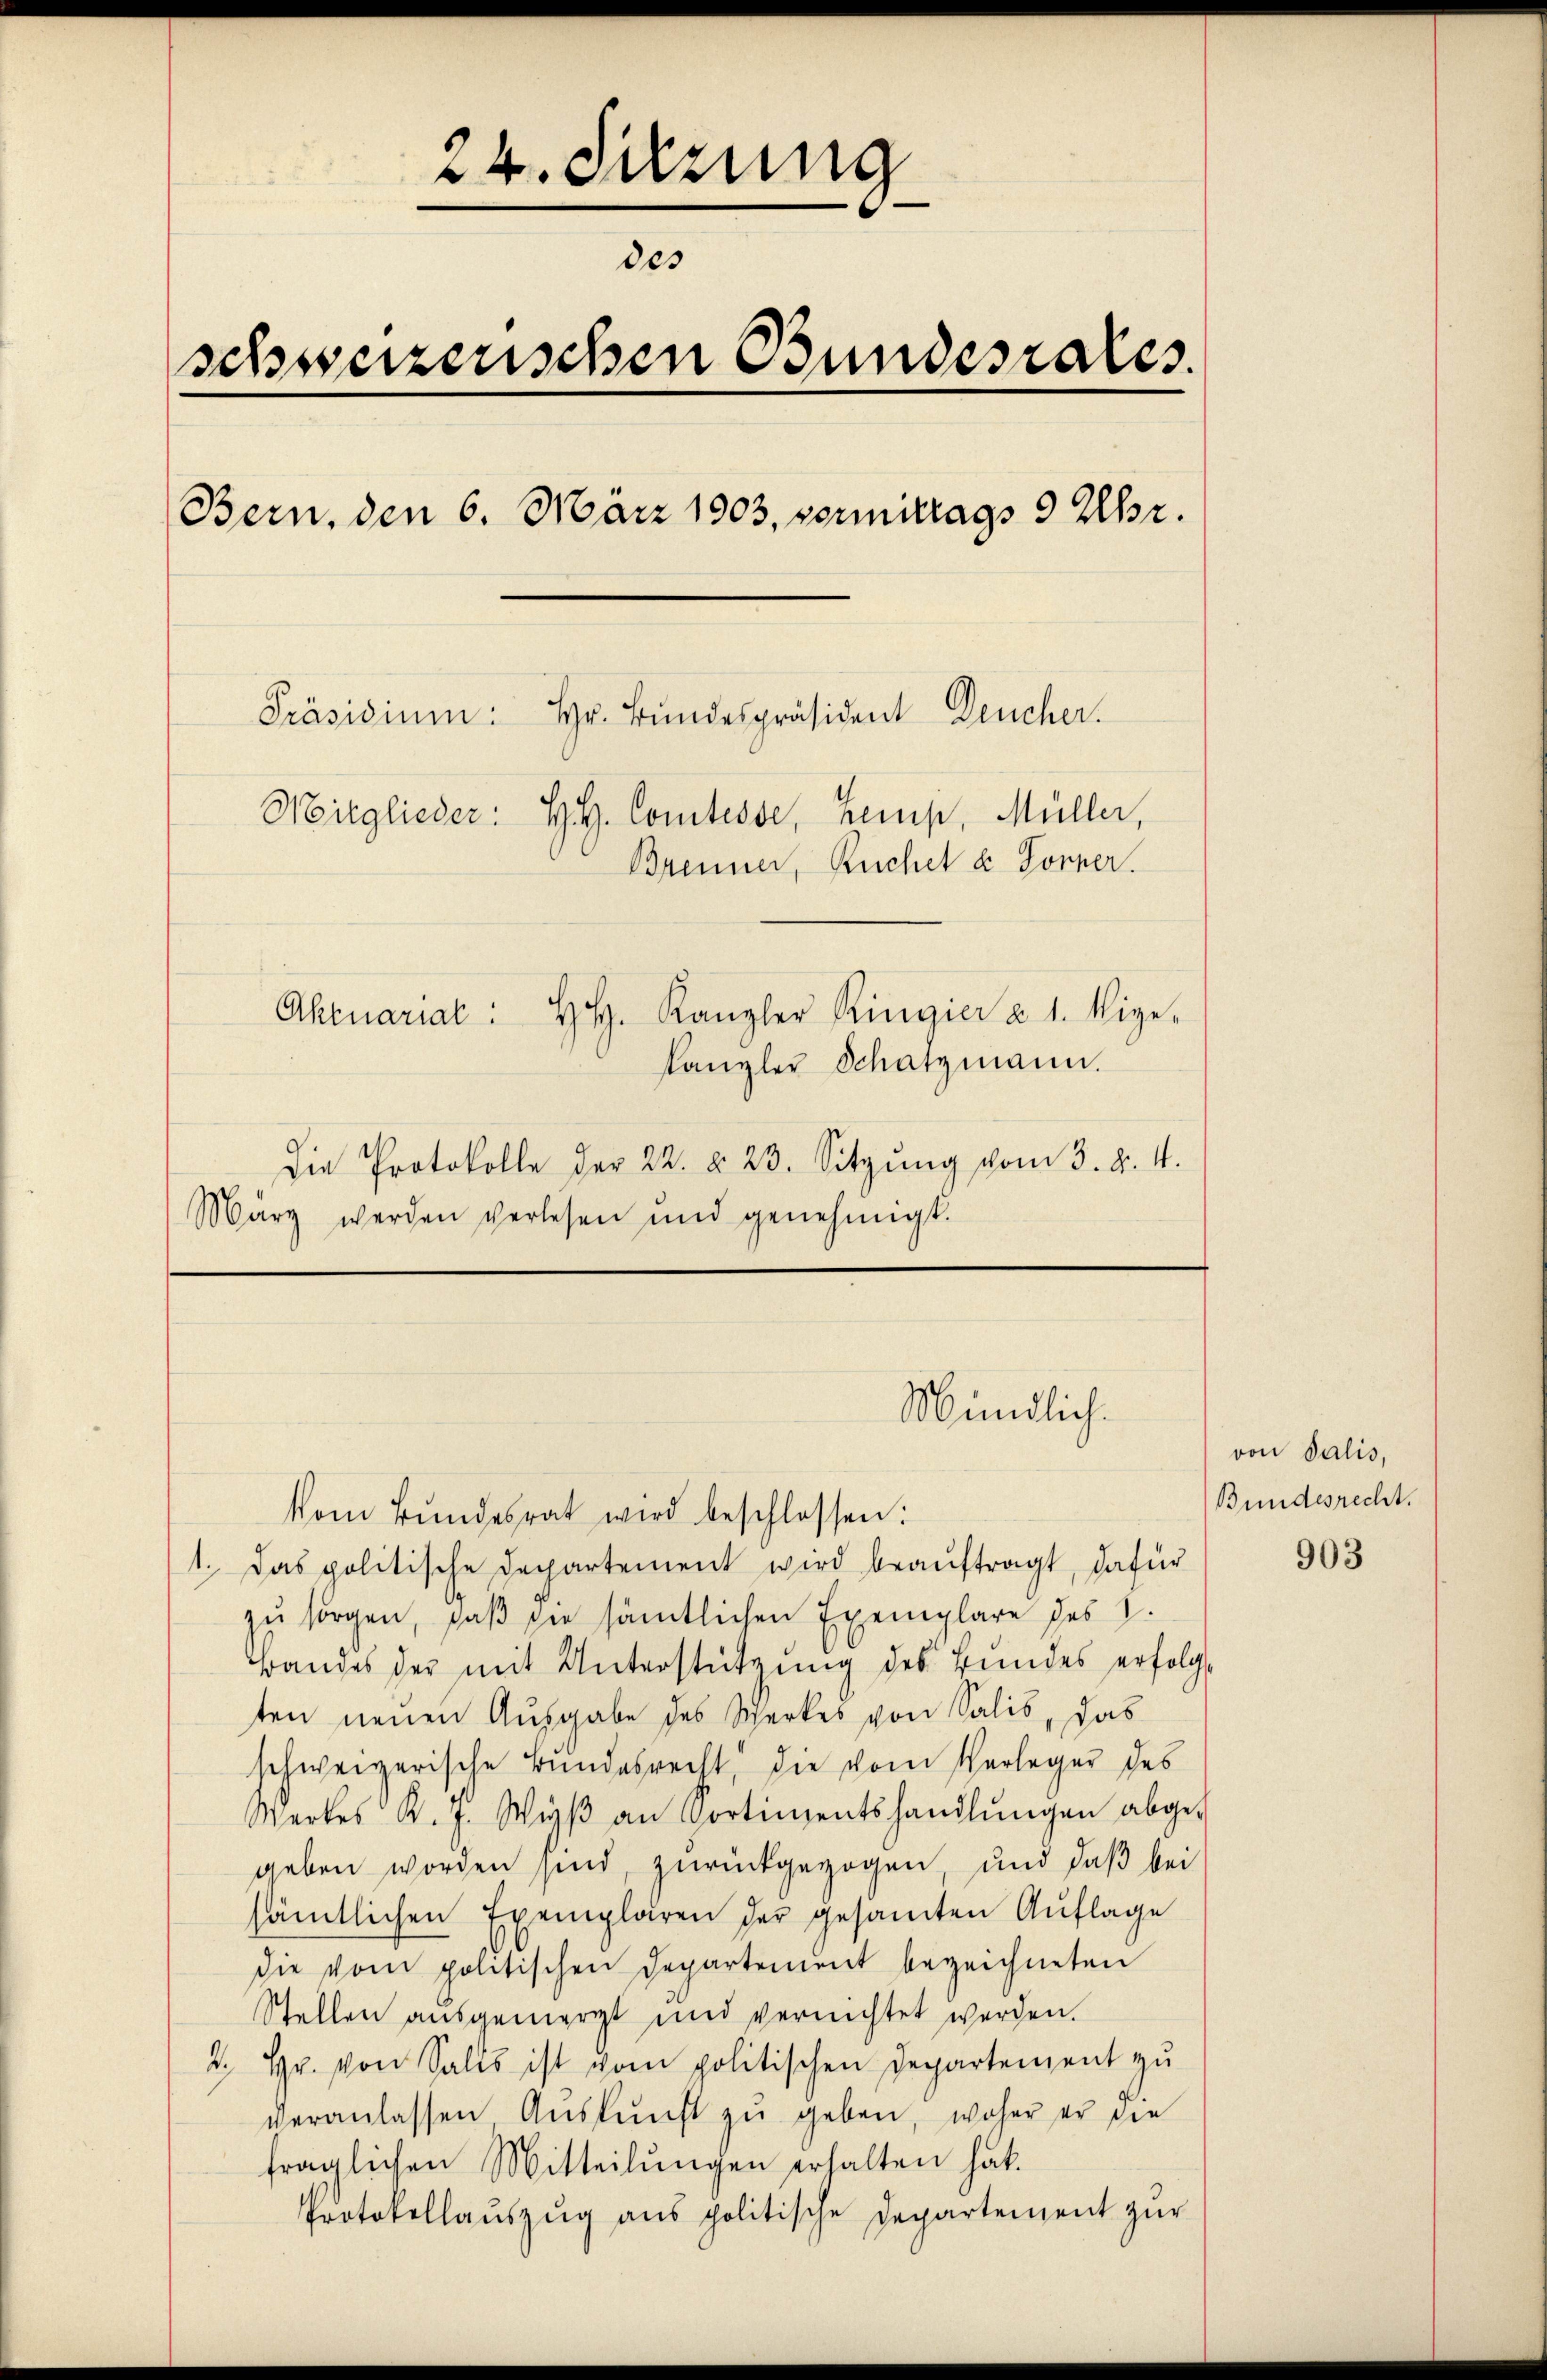
24. Sitzung
des
schweizerischen Bundesrates.
Bern, den 6. März 1903, vormitrags 3 Uhr.
Präsidium: Hr. Bŭndespräsident Deucher.
Mitglieder: H. Comtesse, Kemp, Müller,
Brenner, Ruchet u. Forner.
Aktuariat: HH. Kanzler Ringier a. 1. Mige-
Kanzler Schatzmann.
Die Protokolle der 22. §. 23. Sitzŭng vom 3. d. 4.
März werden verlesen und genehmigt.

zu sorgen, daß sie sämtlichen Exemplare des I.
Bandes der mit Unterstützung des Bundes erfolg
ten neuen Ausgabe des Werkes von Salis, das
schweizerische Bundesrecht, die vom Verleger des
Werkes K. J. Wyβ an Sortimentshandlŭngen abge-
geben worden sind, zurückgezogen, und daß bei
sämtlichen Exemplaren der gesamten Auflage
die vom politischen Departement bezeichneten
Stellen ausgemergt und vernichtet werden.
2. Hr. von Salls ist vom politischen Departement zu
veranlassen Aŭskŭnft zŭ geben, woher er die
fraglichen Mitteilungen erhalten hat.
Protokollauszug aus politische Departement zur

Mündlich-
vom Bŭndesrat wird beschlossen:
1. Das politische Departement wird beauftragt, dafür

von Salis,
Bundesrecht.

903